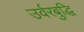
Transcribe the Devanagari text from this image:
उर्वरबुद्धि